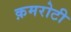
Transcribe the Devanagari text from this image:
क़मरोटी